Lunatic asylums Punjab 1911-1921 - 1911-1921
Year: 1911
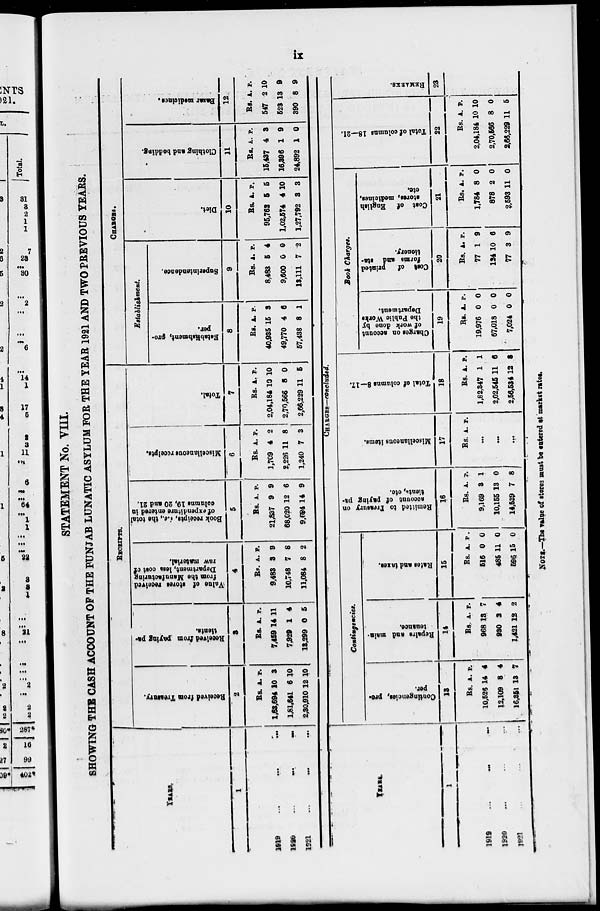
ix
STATEMENT No. VIII.
SHOWING THE CASH ACCOUNT OF THE PUNJAB LUNATIC ASYLUM FOR THE YEAR 1921 AND TWO PREVIOUS YEARS.
YEARS.
1
1919 ... ...
...
1920 ... ... ...
1921
...
...
...
RECEIPTS.
Received from Treasury.
2
Rs.
1,63,694
1,81,641
2,30,910
A.
10
6
12
P.
3
10
10
Received from paying pa-
tients.
3
Rs.
7,459
7,929
13,299
A.
14
1
0
P.
11
4
5
Value of stores received,
from the Manufacturing
Department, less cost of
raw material.
4
Rs.
9,483
10,748
11,084
A.
3
7
8
P.
9
8
2
Book receipts, i.e., the total
of expenditure entered in
columns 19, 20 and 21.
5
Rs.
21,837
68,020
9,694
A.
9
12
14
P.
9
6
9
Miscellaneous receipts.
6
Rs.
1,709
2,226
1,240
A.
4
11
7
P.
2
8
3
Total.
7
Rs.
2,04,184
2,70,566
2,66,229
A.
10
8
11
P.
10
0
5
CHARGES.
Establishment.
Establishment, pro-
per.
8
Rs.
40,935
49,770
57,438
A.
15
4
8
P.
3
6
1
Superintendence.
9
Rs.
8,483
9,600
13,111
A.
5
0
7
P.
4
0
2
Diet.
10
Rs.
95,762
1,02,574
1,27,792
A.
5
4
3
P.
5
10
3
Clothing and bedding.
11
Rs.
15,437
16,396
24,892
A.
4
1
1
P.
3
9
0
Bazar medicines.
12
Rs.
547
523
390
A.
2
13
8
P.
10
9
9
YEARS.
1
1919 ... ... ...
1920 ... ... ...
1921 ... ... ...
CHARGES—concluded.
Contingencies.
Contingencies, pro-
per.
13
Rs.
10,526
12,109
16,351
A.
14
8
13
P.
4
4
7
Repairs
and main-
tenance.
14
Rs.
968
930
1,421
A.
13
2
12
P.
7
4
2
Rates
and taxes.
15
Rs.
516
485
596
A.
0
11
15
P.
0
0
0
Remitted to Treasury on
account of paying pa-
tients, etc.
16
Rs.
9,169
10,155
14,539
A.
3
13
7
P.
1
0
8
Miscellaneous items.
17
Rs. A. P.
...
...
...
Total of columns 8—17.
18
Rs.
1,82,347
2,02,545
2,56,534
A.
1
11
12
P.
1
6
3
Book Charges.
Charges on account
of work done by
the Public Works
Department.
19
Rs.
19,976
67,018
7,024
A.
0
0
0
P.
0
0
0
Cost of printed
forms and sta-
tionery.
20
Rs.
77
124
77
A.
1
10
3
P.
9
6
9
Cost of English
stores, medicines,
etc.
21
Rs.
1,784
878
2,593
A.
8
2
11
P.
0
0
0
Total of columns 18—21.
22
Rs.
2,04,184
2,70,566
2,66,229
A.
10
8
11
P.
10
0
5
REMARKS.
23
NOTE.—The value of stores must be entered at market rates.